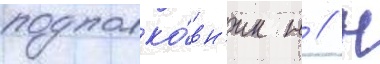
подполко́вн'ик н // Н